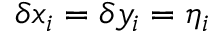
\delta x _ { i } = \delta y _ { i } = \eta _ { i }